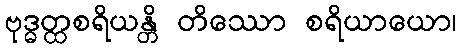
ဗုဒ္ဓတ္ထစရိယန္တိ တိဿော စရိယာယော၊